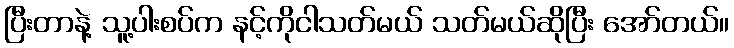
ပြီးတာနဲ့ သူ့ပါးစပ်က နင့်ကိုငါသတ်မယ် သတ်မယ်ဆိုပြီး အော်တယ်။